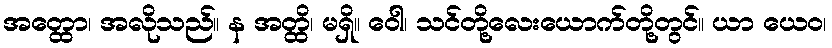
အတ္ထော၊ အလိုသည်။ န အတ္ထိ၊ မရှိ။ ဝေါ၊ သင်တို့လေးယောက်တို့တွင်။ ယာ ယေဝ၊